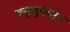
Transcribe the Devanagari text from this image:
क्युशुपासून